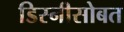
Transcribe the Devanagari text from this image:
डिस्नीसोबत